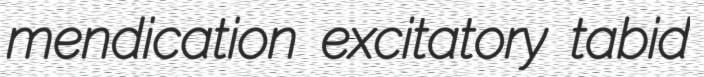
mendication excitatory tabid